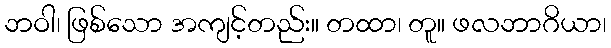
ဘဝါ၊ ဖြစ်သော အကျင့်တည်း။ တထာ၊ တူ။ ဖလဘာဂိယာ၊